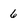
Character: 6